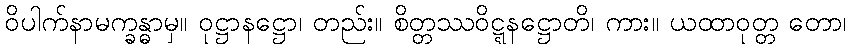
ဝိပါက်နာမက္ခန္ဓာမှ။ ဝုဋ္ဌာနဋ္ဌော၊ တည်း။ စိတ္တဿဝိဋ္ဋနဋ္ဌောတိ၊ ကား။ ယထာဝုတ္တ တော၊